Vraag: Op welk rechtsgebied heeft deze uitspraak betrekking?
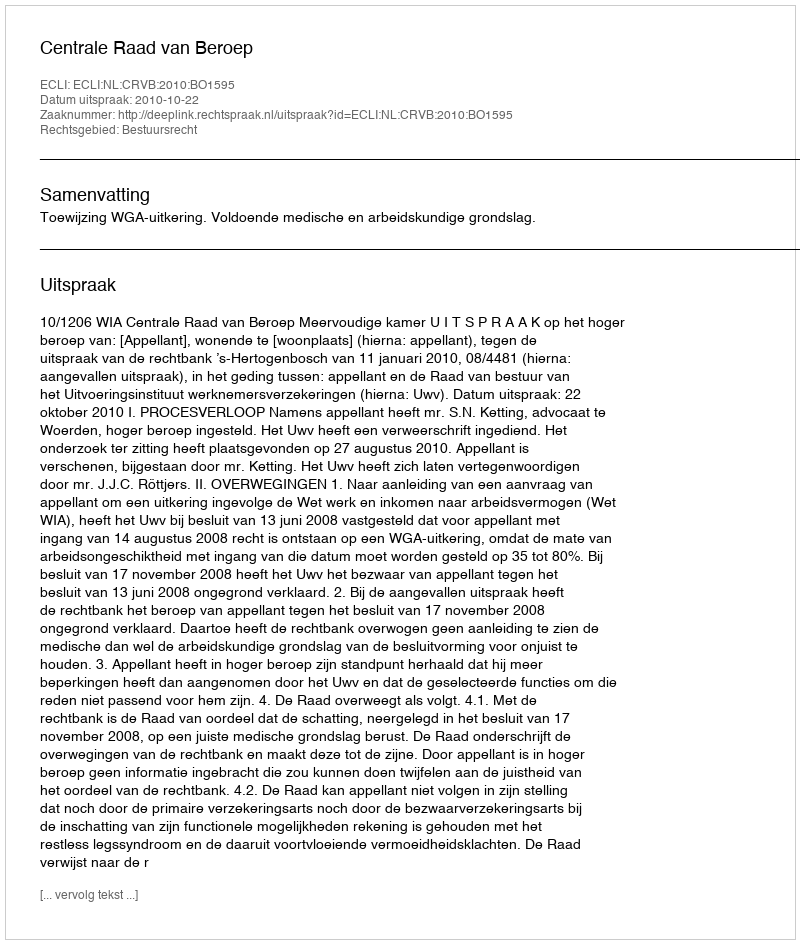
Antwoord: Bestuursrecht